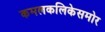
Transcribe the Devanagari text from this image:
कमलकलिकेसमोर